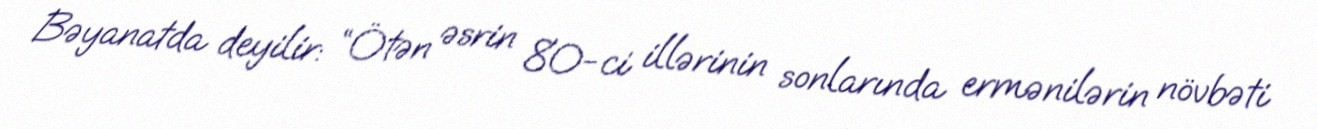
Bəyanatda deyilir: “Ötən əsrin 80-ci illərinin sonlarında ermənilərin növbəti